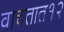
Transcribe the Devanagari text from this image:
वाचतात१२